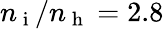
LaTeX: n_{\mathrm{~i~}}/n_{\mathrm{~h~}}=2.8